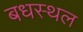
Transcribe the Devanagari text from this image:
बधस्थल